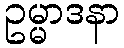
ဥမ္မာဒနာ